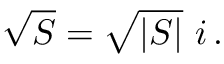
{ \sqrt { S } } = { \sqrt { \vert S \vert } } \, \, i \, .